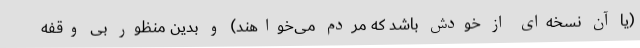
(یا آن نسخه‌ای از خودش باشد که مردم می‌خواهند) و بدین منظور بی وقفه